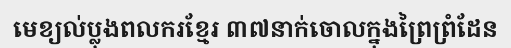
មេខ្យល់ប្លុងពលករខ្មែរ ៣៧នាក់ចោលក្នុងព្រៃព្រំដែន